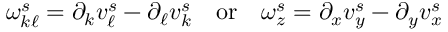
\begin{array} { r } { \omega _ { k \ell } ^ { s } = \partial _ { k } v _ { \ell } ^ { s } - \partial _ { \ell } v _ { k } ^ { s } \quad \mathrm { o r } \quad \omega _ { z } ^ { s } = \partial _ { x } v _ { y } ^ { s } - \partial _ { y } v _ { x } ^ { s } } \end{array}